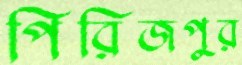
পিরিজপুর